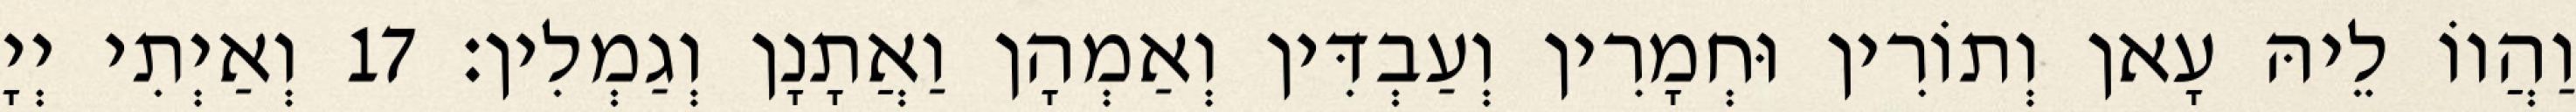
וַהֲווֹ לֵיהּ עָאן וְתוֹרִין וּחְמָרִין וְעַבְדִּין וְאַמְהָן וַאֲתָנָן וְגַמְלִין׃ 17 וְאַיְתִי יְיָ